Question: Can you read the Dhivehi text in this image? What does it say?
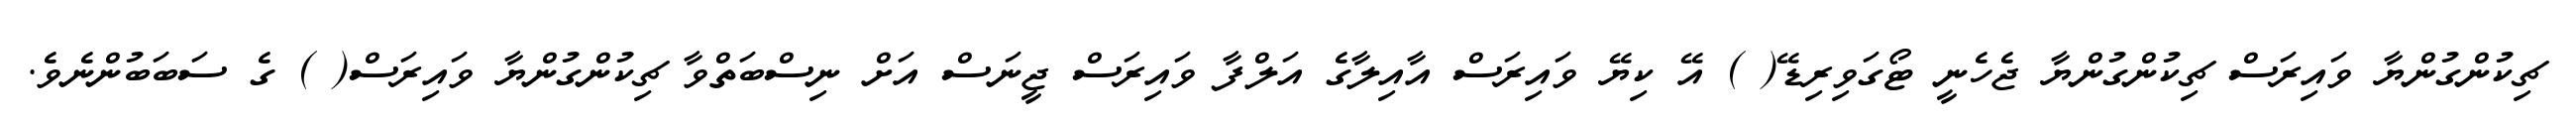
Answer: ޗިކުންގުންޔާ ވައިރަސް ޗިކުންގުންޔާ ޖެހެނީ ޓޯގަވިރިޑޭ( ) އޭ ކިޔޭ ވައިރަސް އާއިލާގެ އަލްފާ ވައިރަސް ޖީނަސް އަށް ނިސްބަތްވާ ޗިކުންގުންޔާ ވައިރަސް( ) ގެ ސަބަބުންނެވެ.